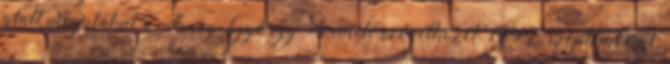
alatt megalakul a Thury György Termelőszövetkezet. 1952. szeptember 1.